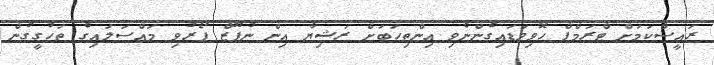
ރައީސްކަމަށް ޓްރަމްޕް ހޮވިވަޑައިގެންނެވި އިންތިހަބަށް ރަޝިޔާ އިން ނުފޫޒް ފޯރުވި މައްސަލައިގެ ތަހުގީގުން